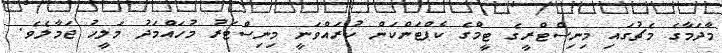
މާދަމާގެ މެޗުގައި މިނިސްޓްރީގެ ޓީމްގެ ކެޕްޓަންކަން ކުރައްވަނީ މިނިސްޓަރު މުހައްމަދު މަލީހު ޖަމާލެވެ.